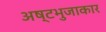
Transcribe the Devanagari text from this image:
अष्‍टभुजाकार